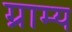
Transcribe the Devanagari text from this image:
ग्राम्‍य